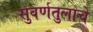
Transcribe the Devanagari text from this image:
सुवर्णतुलाचे